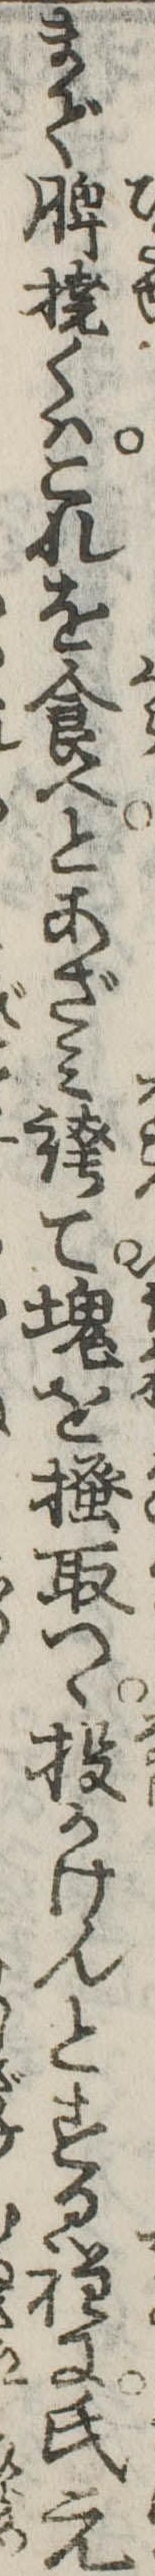
まで脾撓くはこれを食へとあざみ誇て塊を掻取つゝ投かけんとする程に氏元